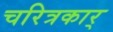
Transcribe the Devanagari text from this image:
चरित्रकार्